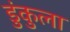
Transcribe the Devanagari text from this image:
डुंकुला